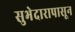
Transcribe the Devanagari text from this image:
सुभेदारापासून